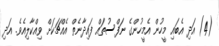
(4) އަދި އެބައި މީހުން އެމީހުންގެ ނަފްސުތައް ފައިދާނެތް އެއްޗަކަށް ވިއްކާލިއެވެ. އަދި